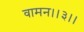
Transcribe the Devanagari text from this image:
वामन।।३।।